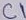
Text: C1